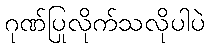
ဂုဏ်ပြုလိုက်သလိုပါပဲ